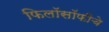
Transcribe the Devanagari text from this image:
फिलॉसॉफीचे